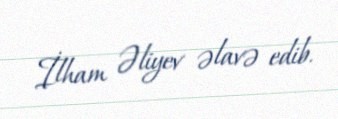
İlham Əliyev əlavə edib.